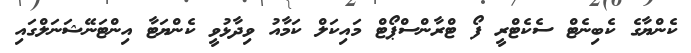
ކެންޔާގެ ކެބިނެޓް ސެކެޓްރީ ފޯ ޓްރާންސްޕޯޓް މައިކަލް ކަމާއު ވިދާޅުވީ ކެންޔަޓާ އިންޓަނޭޝަނަލްގައި